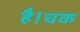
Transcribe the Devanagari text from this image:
है।चक